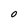
Character: O